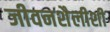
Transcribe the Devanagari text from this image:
जीवनशैलीशी